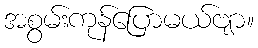
အစွမ်းကုန်ပြောမယ်ဗျာ။